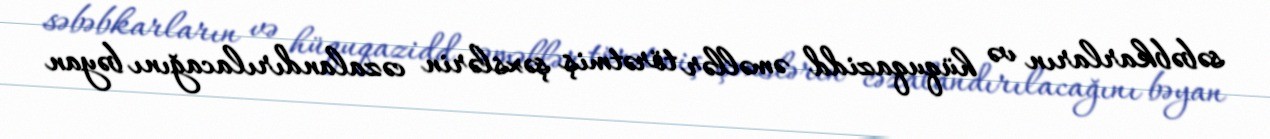
səbəbkarların və hüquqazidd əməllər törətmiş şəxslərin cəzalandırılacağını bəyan